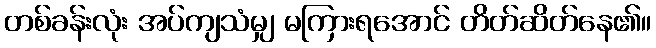
တစ်ခန်းလုံး အပ်ကျသံမျှ မကြားရအောင် တိတ်ဆိတ်နေ၏။